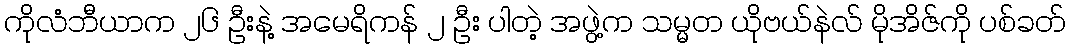
ကိုလံဘီယာက ၂၆ ဦးနဲ့ အမေရိကန် ၂ ဦး ပါတဲ့ အဖွဲ့က သမ္မတ ယိုဗယ်နဲလ် မိုအိဇ်ကို ပစ်ခတ်